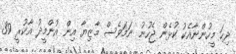
ދިހަ މީހުންނާއެކު ކުޅެން ޖެހުނު ނަމަވެސް މާޒިޔާ އިން އުންމީދު އާކުރީ 39